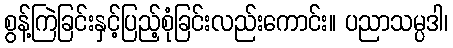
စွန့်ကြဲခြင်းနှင့်ပြည့်စုံခြင်းလည်းကောင်း။ ပညာသမ္ပဒါ၊